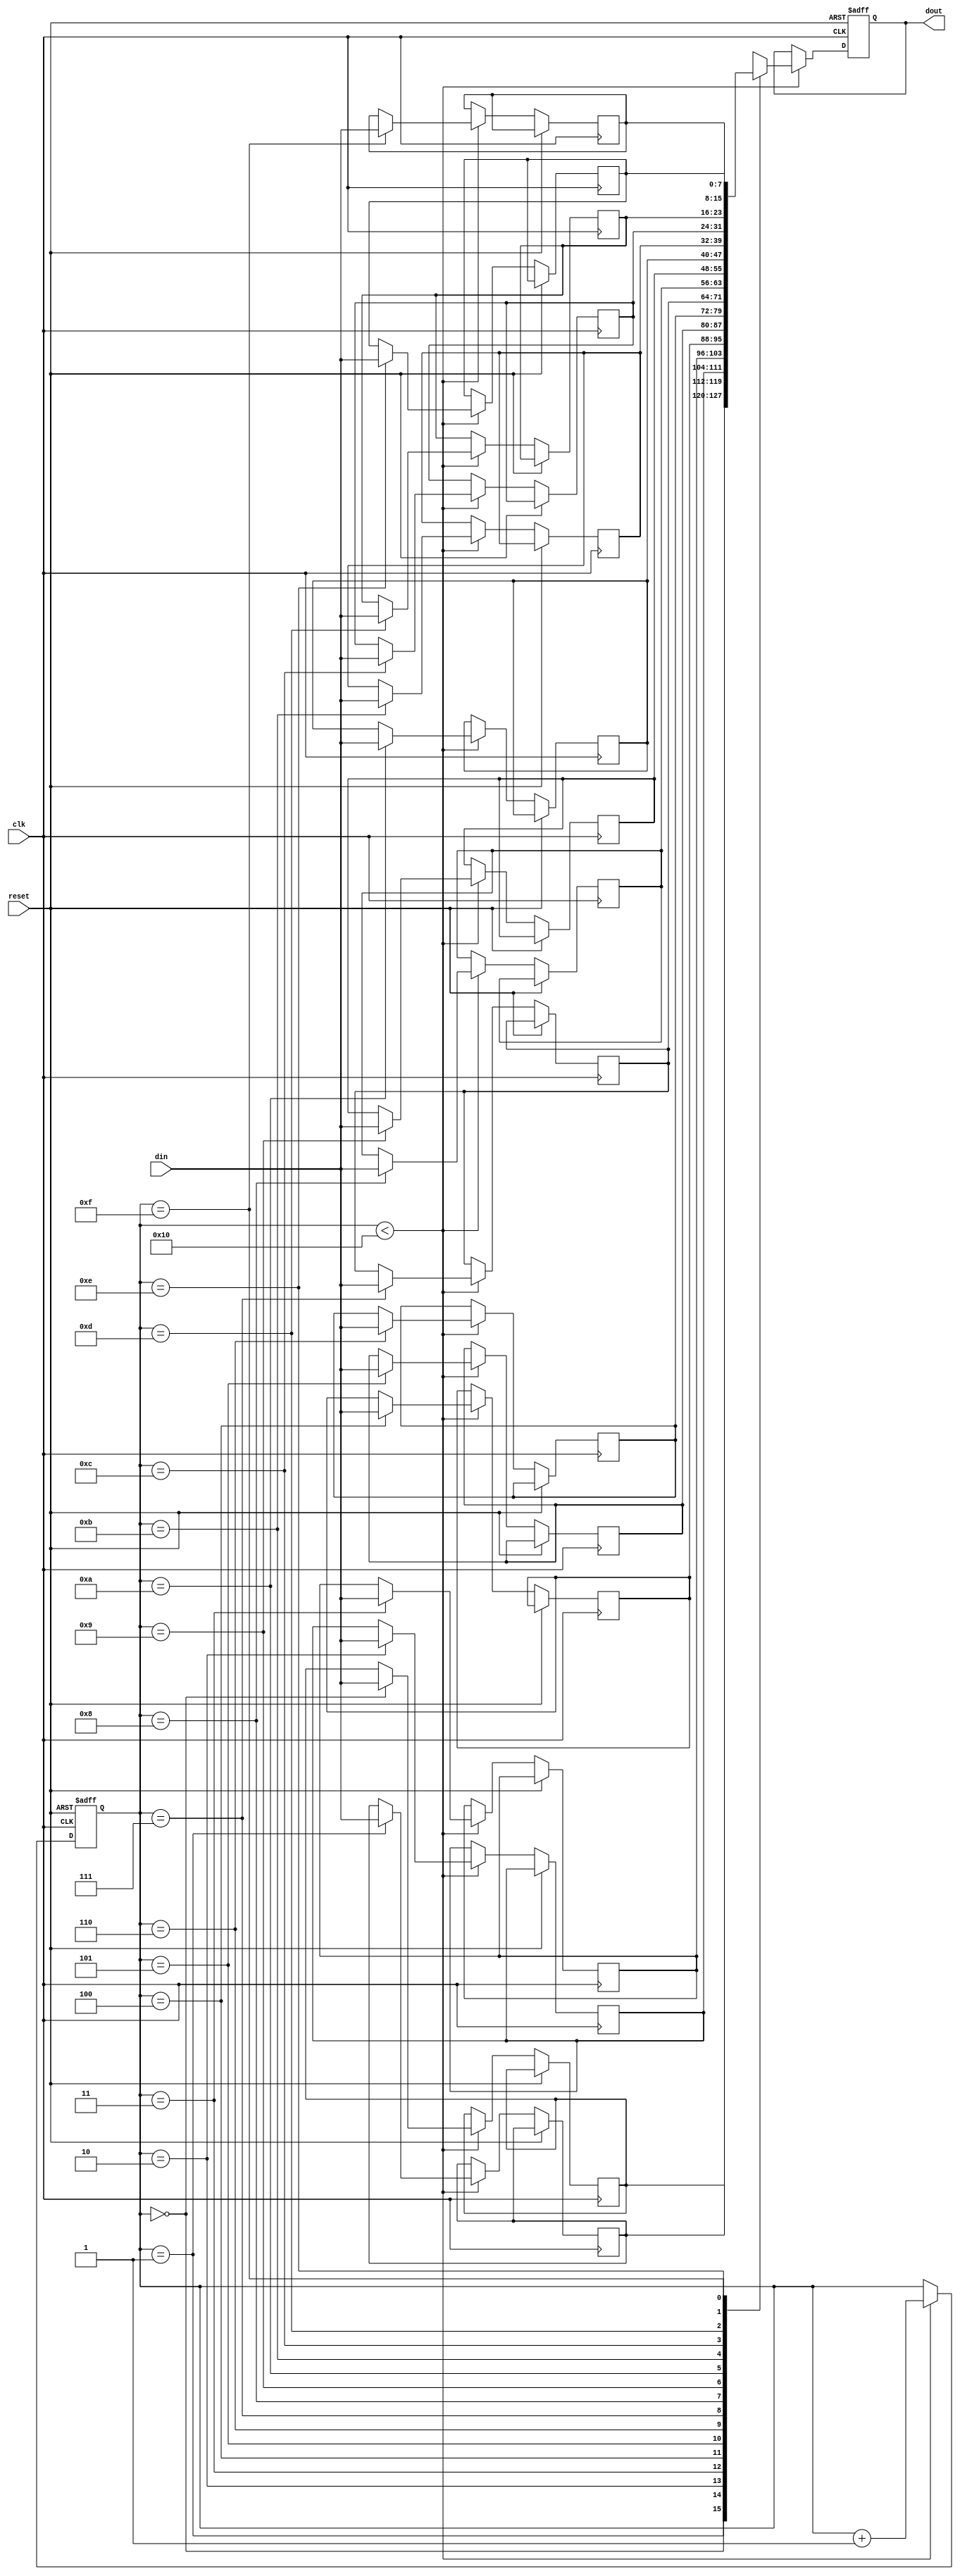
module ParamFocusedBlock #(
    parameter DATA_WIDTH = 8,        // Width of data signals
    parameter MEM_SIZE = 16,         // Size of internal memory
    parameter CLK_PERIOD = 10,        // Clock period in time units
    parameter MODE = 0                // Operational mode (0 or 1)
) (
    input wire clk,                  // Clock input
    input wire reset,                // Asynchronous reset
    input wire [DATA_WIDTH-1:0] din, // Data input
    output reg [DATA_WIDTH-1:0] dout // Data output
);

    // Internal memory declaration
    reg [DATA_WIDTH-1:0] memory [0:MEM_SIZE-1];
    reg [3:0] addr;                  // Address register for memory access

    // Initial state of the internal memory
    integer i;
    initial begin
        for (i = 0; i < MEM_SIZE; i = i + 1) begin
            memory[i] = {DATA_WIDTH{1'b0}}; // Initialize memory to zero
        end
        addr = 0; // Initialize address
        dout = {DATA_WIDTH{1'b0}}; // Initialize output to zero
    end

    // Main behavioral logic
    always @(posedge clk or posedge reset) begin
        if (reset) begin
            dout <= {DATA_WIDTH{1'b0}}; // Clear output on reset
            addr <= 0; // Reset address
        end else begin
            // Parameterized functionality based on MODE
            case (MODE)
                0: begin // Mode 0: Simple write and read
                    if (addr < MEM_SIZE) begin
                        memory[addr] <= din; // Write input data to memory
                        dout <= memory[addr]; // Read from memory
                        addr <= addr + 1; // Increment address
                    end
                end
                
                1: begin // Mode 1: Pass-through
                    dout <= din; // Output directly the input data
                end
                
                default: begin
                    dout <= {DATA_WIDTH{1'b0}}; // Default case
                end
            endcase
        end
    end

endmodule